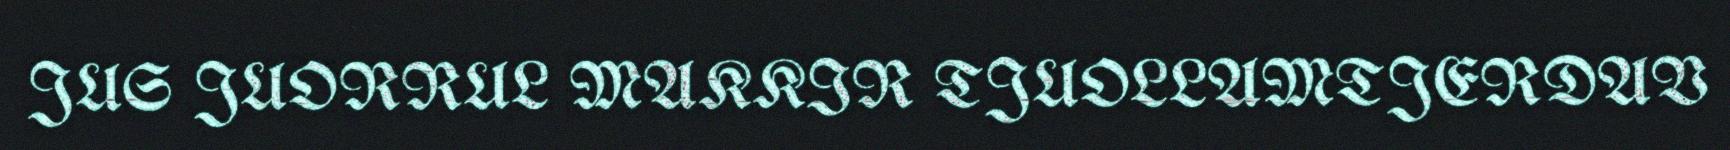
JUS JUORRUL MAKKIR TJUOLLAMTJERDAV